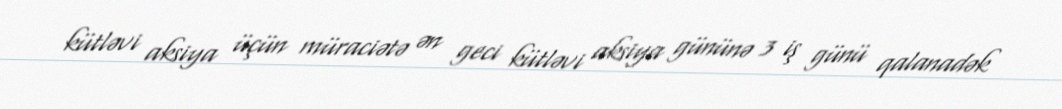
kütləvi aksiya üçün müraciətə ən geci kütləvi aksiya gününə 3 iş günü qalanadək